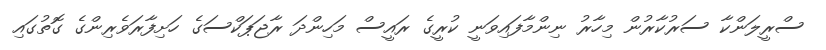
ސްރީލަންކާ ސަރުކާރުން މިހާރު ނިންމާފައިވަނީ ކުރީގެ ރައީސް މަހިންދަ ރާޖަޕަކްސަގެ ހަށިފާރަވެރިންގެ ގޮތުގައި